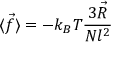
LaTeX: \langle { \vec { f } } \rangle = - k _ { B } T { \frac { 3 { \vec { R } } } { N l ^ { 2 } } }